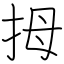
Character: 拇